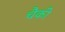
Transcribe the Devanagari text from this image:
चैकी